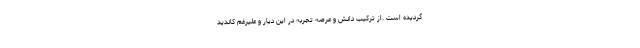
گردیده است .از ترکیب دانش و عرصه تجربه در این دیار و علیرغم کاندید